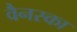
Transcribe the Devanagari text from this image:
वैनस्का